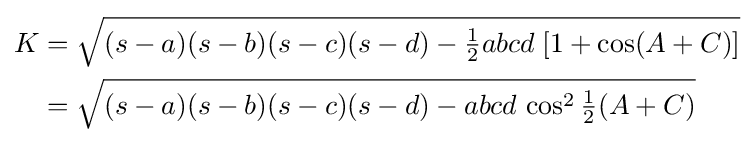
{\begin{aligned}K&={\sqrt {(s-a)(s-b)(s-c)(s-d)-{\tfrac {1}{2}}abcd\;[1+\cos(A+C)]}}\\&={\sqrt {(s-a)(s-b)(s-c)(s-d)-abcd\,\cos ^{2}{\tfrac {1}{2}}(A+C)}}\end{aligned}}